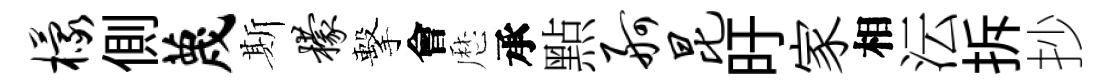
檬側蔑斯檬擊會厯承㸃舸昆旴家相沄拆抄